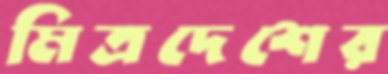
মিত্রদেশের